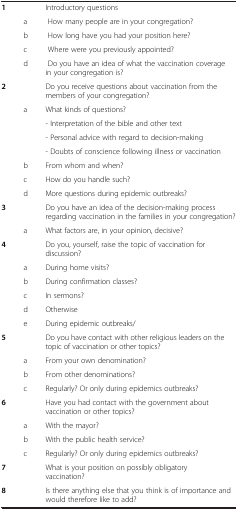
<table><thead><tr><td><b> </b></td><td><b> </b></td><td><b> </b></td></tr></thead><tbody><tr><td><b>1</b></td><td> </td><td>Introductory questions</td></tr><tr><td> </td><td>a</td><td> How many people are in your congregation?</td></tr><tr><td> </td><td>b</td><td> How long have you had your position here?</td></tr><tr><td> </td><td>c</td><td> Where were you previously appointed?</td></tr><tr><td> </td><td>d</td><td> Do you have an idea of what the vaccination coverage in your congregation is?</td></tr><tr><td><b>2</b></td><td> </td><td>Do you receive questions about vaccination from the members of your congregation?</td></tr><tr><td> </td><td>a</td><td>What kinds of questions?</td></tr><tr><td> </td><td> </td><td>- Interpretation of the bible and other text</td></tr><tr><td> </td><td> </td><td>- Personal advice with regard to decision-making</td></tr><tr><td> </td><td> </td><td>- Doubts of conscience following illness or vaccination</td></tr><tr><td> </td><td>b</td><td>From whom and when?</td></tr><tr><td> </td><td>c</td><td>How do you handle such?</td></tr><tr><td> </td><td>d</td><td>More questions during epidemic outbreaks?</td></tr><tr><td><b>3</b></td><td> </td><td>Do you have an idea of the decision-making process regarding vaccination in the families in your congregation?</td></tr><tr><td> </td><td>a</td><td>What factors are, in your opinion, decisive?</td></tr><tr><td><b>4</b></td><td> </td><td>Do you, yourself, raise the topic of vaccination for discussion?</td></tr><tr><td> </td><td>a</td><td>During home visits?</td></tr><tr><td> </td><td>b</td><td>During confirmation classes?</td></tr><tr><td> </td><td>c</td><td>In sermons?</td></tr><tr><td> </td><td>d</td><td>Otherwise</td></tr><tr><td> </td><td>e</td><td>During epidemic outbreaks/</td></tr><tr><td><b>5</b></td><td> </td><td>Do you have contact with other religious leaders on the topic of vaccination or other topics?</td></tr><tr><td> </td><td>a</td><td>From your own denomination?</td></tr><tr><td> </td><td>b</td><td>From other denominations?</td></tr><tr><td> </td><td>c</td><td>Regularly? Or only during epidemics outbreaks?</td></tr><tr><td><b>6</b></td><td> </td><td>Have you had contact with the government about vaccination or other topics?</td></tr><tr><td> </td><td>a</td><td>With the mayor?</td></tr><tr><td> </td><td>b</td><td>With the public health service?</td></tr><tr><td> </td><td>c</td><td>Regularly? Or only during epidemics outbreaks?</td></tr><tr><td><b>7</b></td><td> </td><td>What is your position on possibly obligatory vaccination?</td></tr><tr><td><b>8</b></td><td> </td><td>Is there anything else that you think is of importance and would therefore like to add?</td></tr></tbody></table>